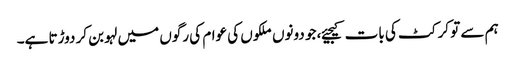
ہم سے تو کرکٹ کی بات کیجیئے، جو دونوں ملکوں کی عوام کی رگوں میں لہو بن کر دوڑتا ہے۔